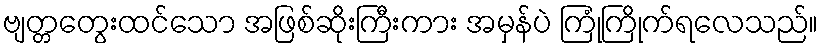
ဗျတ္တတွေးထင်သော အဖြစ်ဆိုးကြီးကား အမှန်ပဲ ကြုံကြိုက်ရလေသည်။